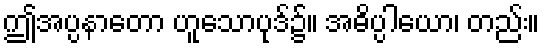
ဤအပ္ပနာတော ဟူသောပုဒ်၌။ အဓိပ္ပါယော၊ တည်း။